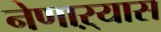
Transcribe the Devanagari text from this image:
नेणाऱ्यास